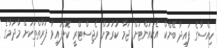
ހިއްސާގެ ފައިދާ ބޭންކް އެކައުންޓަށް ޖަމާ ކުރުމަށް ރެޖިސްޓްރީ ކޮށްފައިވާ ފަރާތްތަކަށް މާދަމާގެ